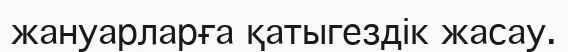
жануарларға қатыгездік жасау.